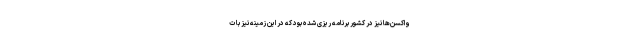
واکسن‌ها نیز در کشور برنامه ریزی شده بود که در این زمینه نیز با ت